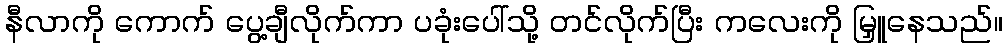
နီလာကို ကောက် ပွေ့ချီလိုက်ကာ ပခုံးပေါ်သို့ တင်လိုက်ပြီး ကလေးကို မြှူနေသည်။